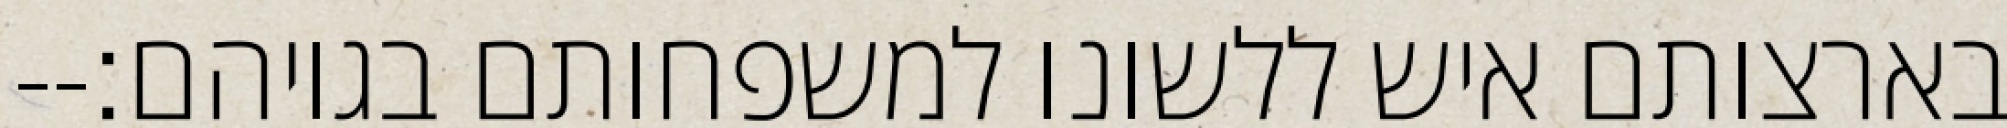
בארצותם איש ללשונו למשפחותם בגויהם׃--